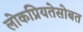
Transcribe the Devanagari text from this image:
लोकप्रियतेसोबत